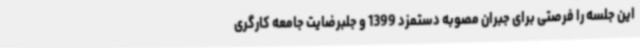
این جلسه را فرصتی برای جبران مصوبه دستمزد 1399 و جلبرضایت جامعه کارگری